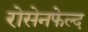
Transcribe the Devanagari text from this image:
रोसेनफेल्द